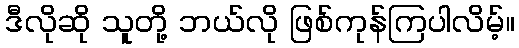
ဒီလိုဆို သူတို့ ဘယ်လို ဖြစ်ကုန်ကြပါလိမ့်။